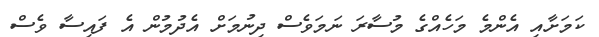
ކަމަށާއި އެންމެ މަހެއްގެ މުސާރަ ނަމަވެސް ދިނުމަށް އެދުމުން އެ ފައިސާ ވެސް